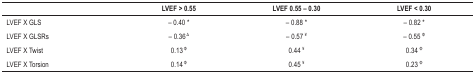
|  | LVEF > 0.55 | LVEF 0.55 – 0.30 | LVEF < 0.30 |
 | --- | --- | --- | --- |
 | LVEF X GLS | – 0.40 * | – 0.88 * | – 0.82 * |
 | LVEF X GLSRs | – 0.36Δ | – 0.57¥ | – 0.55Φ |
 | LVEF X Twist | 0.13Φ | 0.44¥ | 0.34Φ |
 | LVEF X Torsion | 0.14Φ | 0.45¥ | 0.23Φ |